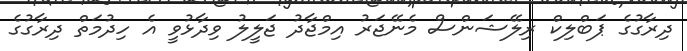
ދިރާގުގެ ޕަބްލިކް ރިލޭޝަންސް މެނޭޖަރު އިމްޖާދު ޖަލީލު ވިދާޅުވީ އެ ހިދުމަތް ދިރާގުގެ